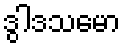
ဒွါဒသမော